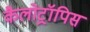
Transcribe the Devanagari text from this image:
कैलोट्रॉपिस